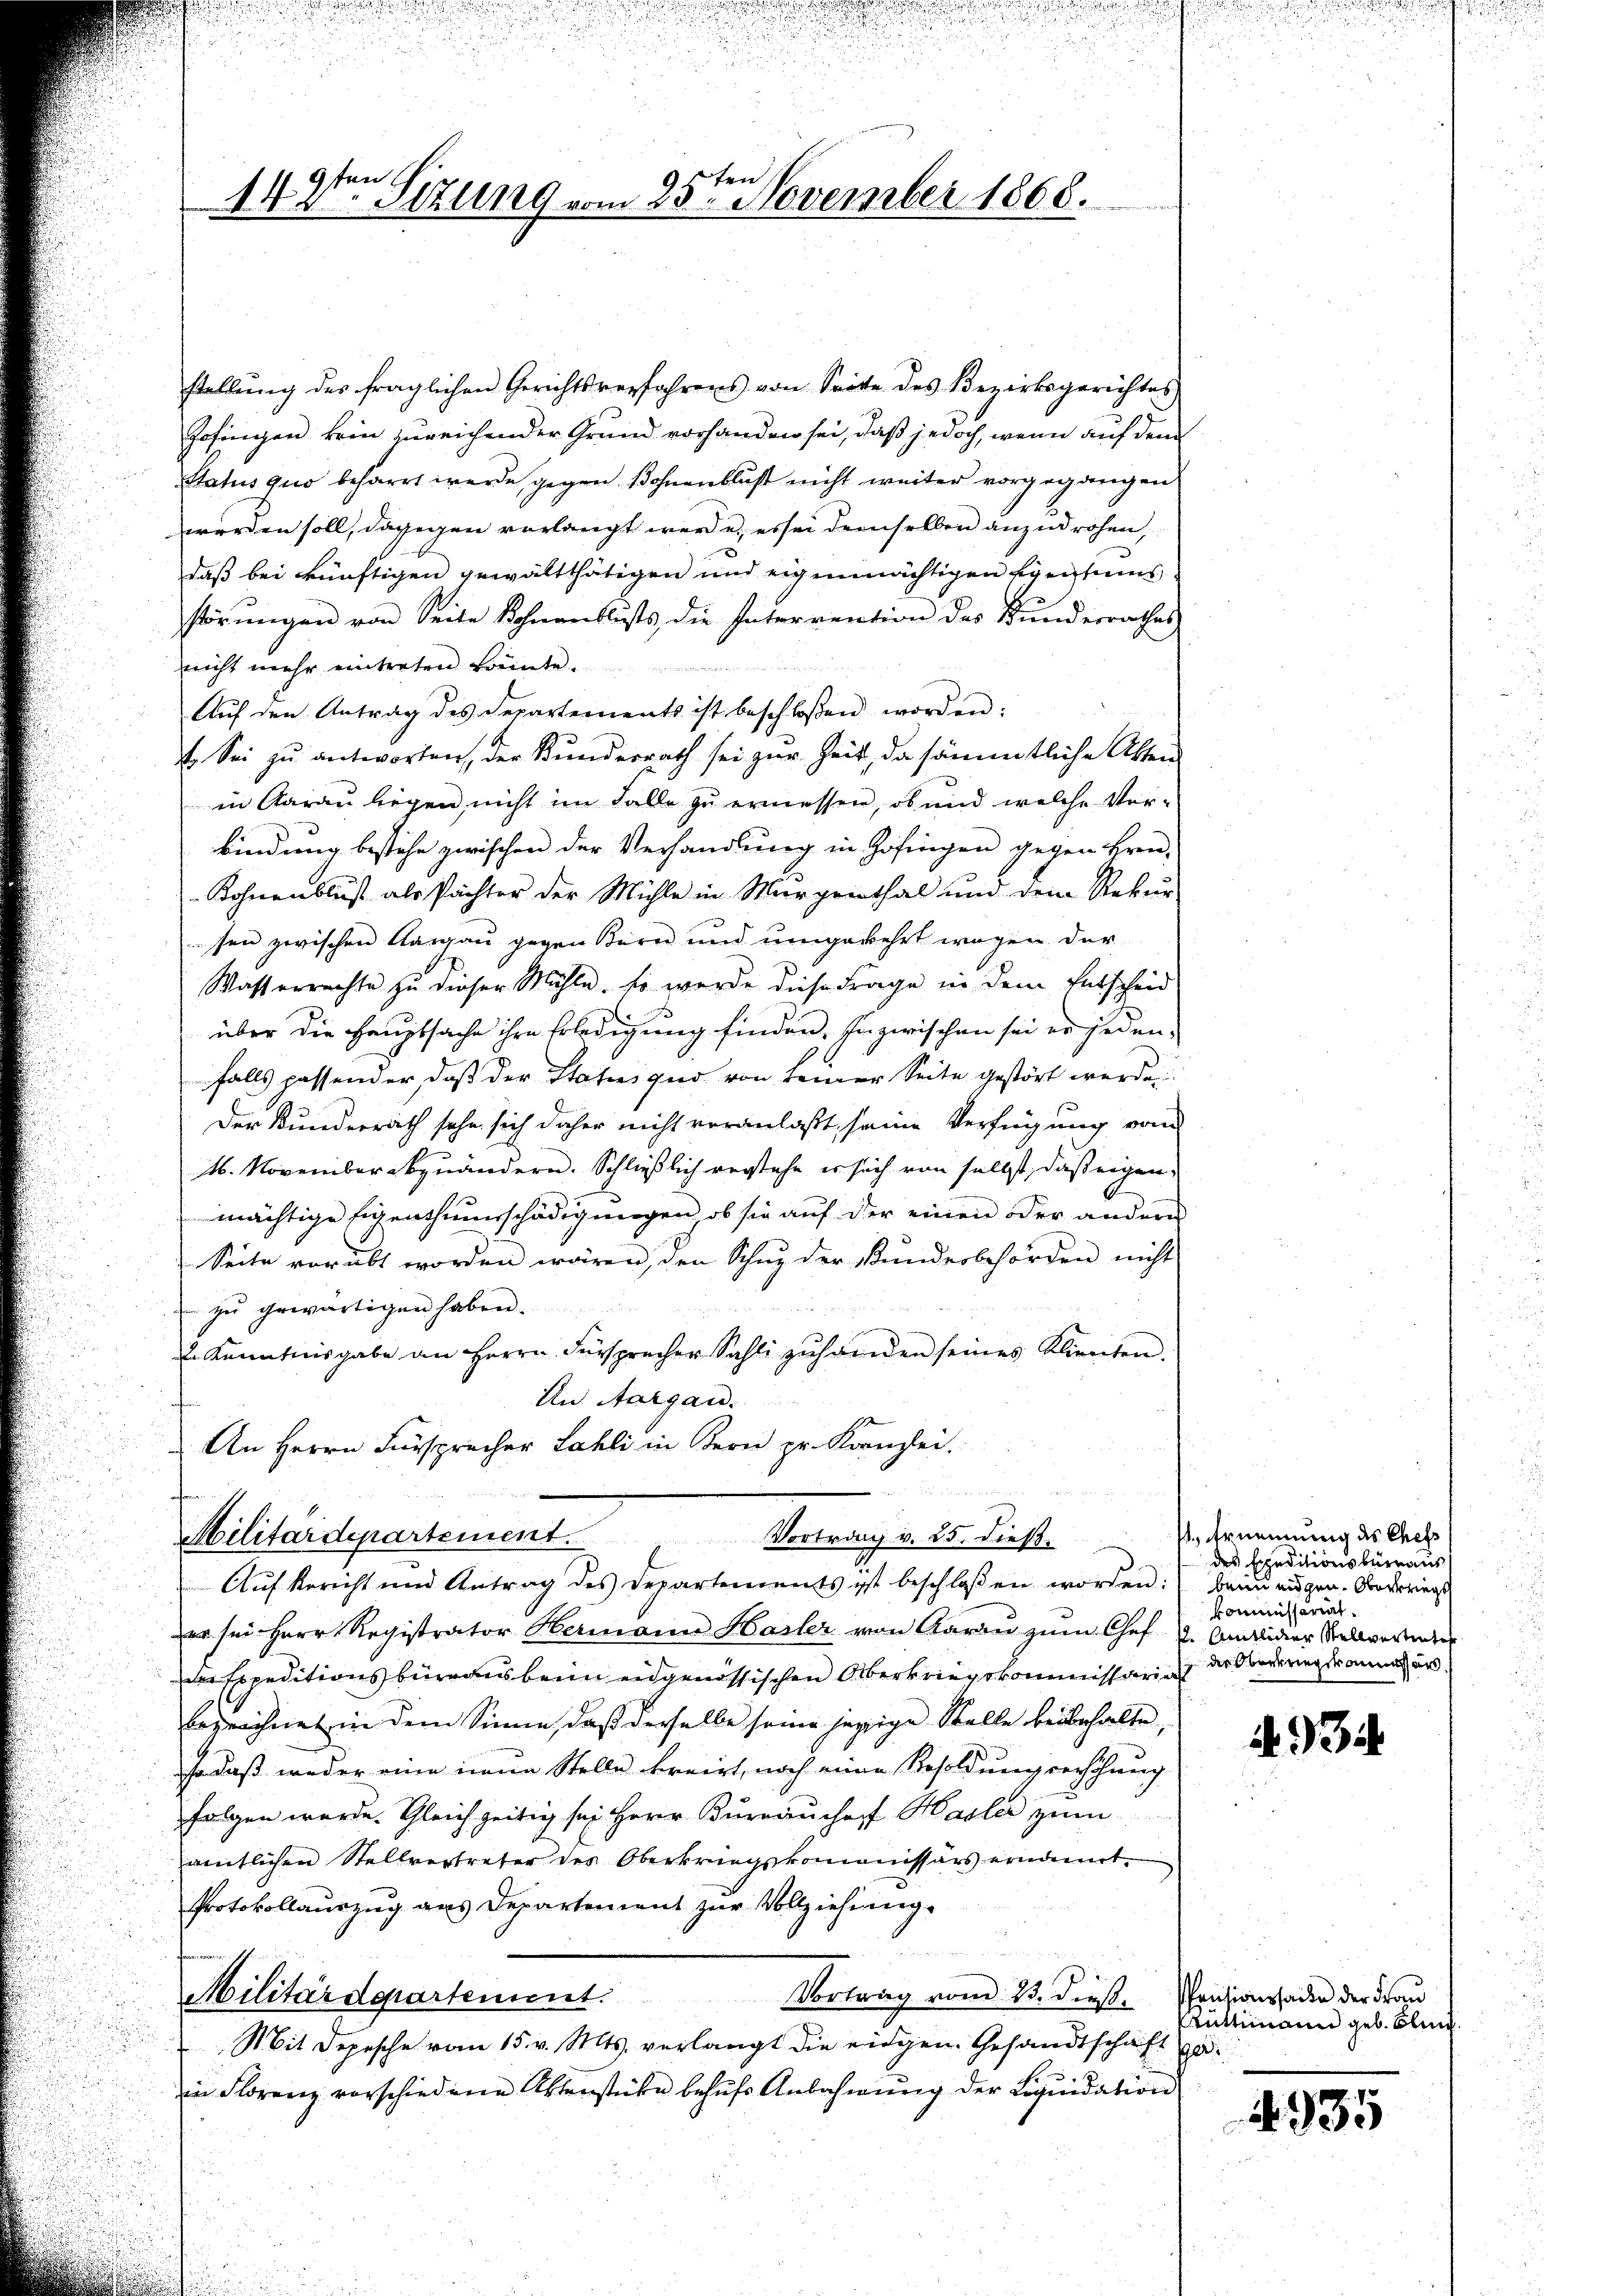
vn
14 v. Stzung vom 25ten November 1868.

stellŭng des fraglichen Gerichtsverfahrens von Seite des Bezirksgerichtes
Hofingen kein zureichender Grund vorhanden sei, daß jedoch, wenn auf dem
Status quo beharrt werde, gegen Bohnenblust nicht weiter vorgegangen
werden soll, dagegen verlangt werde, es sei demselben anzudrohen,
daß bei künftigen gewaltthätigen und eigenmächtigen Egentums
störŭngen von Seite Sohnenblusts die Interrention des Bundesrathes
nicht mehr eintreten könnte.
Aŭf den Antrag des Departements ist beschlossen worden:
7. Sei zŭ antworten, der Kunderrath sei zŭr Zeit, da sämmtliche Alten
in Aarau liegen nicht im Falle zu ermessen, ob und welche Ver-
bindung bestehe zwischen der Verhandlung in Zofingen gegen Bren-
Kohnenblust als Pächter der Mühle in Morgenthal und dem Rekŭr
sen zwischen Aargau gegen Bern und umgekehrt wegen der
Wasserrechte zu dieser Mühle, so werde diese Frage in dem Entscheid
über die Hauptsache ihre Erledigung finden. Inzwischen sei es jeden-
falls passender, daß der Status quo von keiner Seite gestört werde
Der Bunderrath sehr sich daher nicht veranlaßt, seine Verfügung von
16. November abzuändern. Schließlich verstehe er sich von selbst, daß eigen,
mächtige Eigenthumsschädigungen, ob sie auf der einen oder andere
Seite vorübt worden wären, den Schug der Kundesbehörden nicht
 zŭ gewärtigen haben.
. Kenntnisgabe an Herrn Fürsprecher Sahli zŭ handen seines Klienten.
An Aargau.
An Herrn Fürsprecher Lahli in Bern pr. Kanzlei.
n
Militärdepartement.
Vortrag v. 25. dieß.
Auf Bericht und Antrag des Departements ist beschlossen worden: beim eigen. Anderriegs
er sei Herr Registrator Hermann Hasler von Aarau zum Chef v. Amider Stellverstinter
die Expeditionsbüreaus beim eidgenössischen Überkriegskommissaria der Oberweg dann un
bezeichnet in dem Sinne, daß derselbe seine jezige Stelle beibehalte
so daß weder eine neue Stelle breizt, noch eine Besoldung verhöhung
folgen wurde. Gleichzeitig sei Herr Bureaushof Hasler zum
amtlichen Stellvertreter des Oberkriegskommissärs ernannt.
Protokollauszug aus Departement zur Vollziehung.

Vortrag vom 23. dieß. Pensionssader der Frau
Militärdepartement.
Mit Depesche vom 15. v. Mts. verlangt die eingen Gesandtschaft zuin Florenz vorschiedene Aktenstücke behufs Anbahnung der Liquidation

1., Ernennung des Chefs
des Expeditionsbüreaus
Kommissariat.

A. 934

Rüttimann geb. Blin

4935